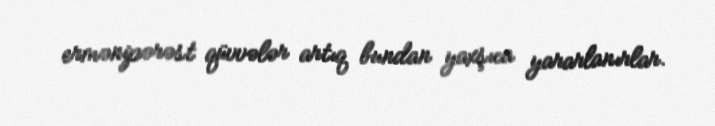
ermənipərəst qüvvələr artıq bundan yaxşıca yararlanırlar.